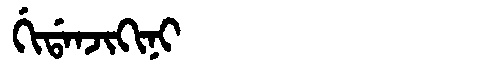
Manchu: ᡤᡳᡩᠠᠨᠵᡳᡴᡳᠨᡳ
Romanization: GIDANJIKINI